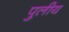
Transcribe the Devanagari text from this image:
पुलीय